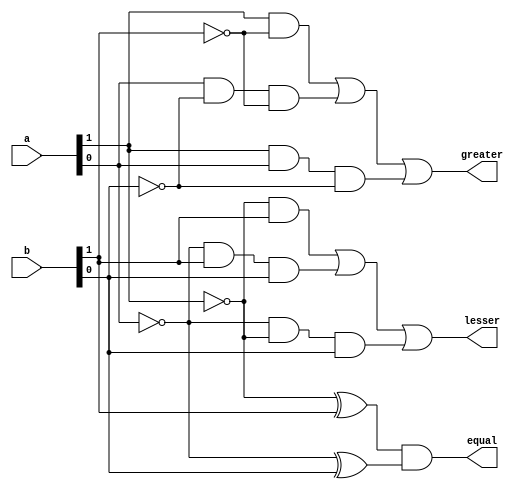
`timescale 1ns / 1ps
//////////////////////////////////////////////////////////////////////////////////
// Company: 
// Engineer: 
// 
// Design Name: 
// Module Name: comp_gate
// Project Name: 
// Target Devices: 
// Tool Versions: 
// Description: 
// 
// Dependencies: 
// 
// Revision:
// Revision 0.01 - File Created
// Additional Comments:
// 
//////////////////////////////////////////////////////////////////////////////////


module comp_gate(
input [1:0] a,
input [1:0] b,
output greater,
output lesser,
output equal
);
wire [1:0] a_bar, b_bar;
wire t0,t1,t2,t3,t4,t5,t6,t7;

not (a_bar[0],a[0]);
not (a_bar[1],a[1]);
not (b_bar[0],b[0]);
not (b_bar[1],b[1]);

and (t0, a[1], b_bar[1]);
and (t1, a[0], b_bar[0], b_bar[1]);
and (t2, a[1], a[0], b_bar[0]);
or (greater, t0, t1, t2);

xor (t3, a_bar[1], b[1]);
xor (t4, a_bar[0], b[0]);
and (equal, t3, t4);

and (t5, a_bar[1], b[1]);
and (t6, a_bar[0], b[1], b[0]);
and (t7, a_bar[0], a_bar[1], b[0]);
or (lesser, t5, t6, t7);

endmodule